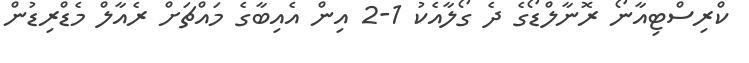
ކްރިސްޓިއާނޯ ރޮނާލްޑޯގެ ދެ ގޯލާއެކު 1-2 އިން އެއިބާގެ މައްޗަށް ރެއާލް މެޑްރިޑުން